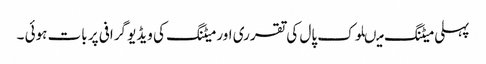
پہلی میٹنگ میںلوک پال کی تقرری اور میٹنگ کی ویڈیو گرافی پر بات ہوئی ۔